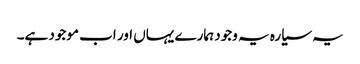
یہ سیارہ یہ وجود ہمارے یہاں اور اب موجود ہے۔